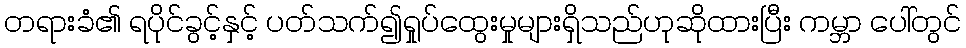
တရားခံ၏ ရပိုင်ခွင့်နှင့် ပတ်သက်၍ရှုပ်ထွေးမှုများရှိသည်ဟုဆိုထားပြီး ကမ္ဘာ ပေါ်တွင်